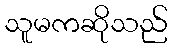
သူမကဆိုသည်